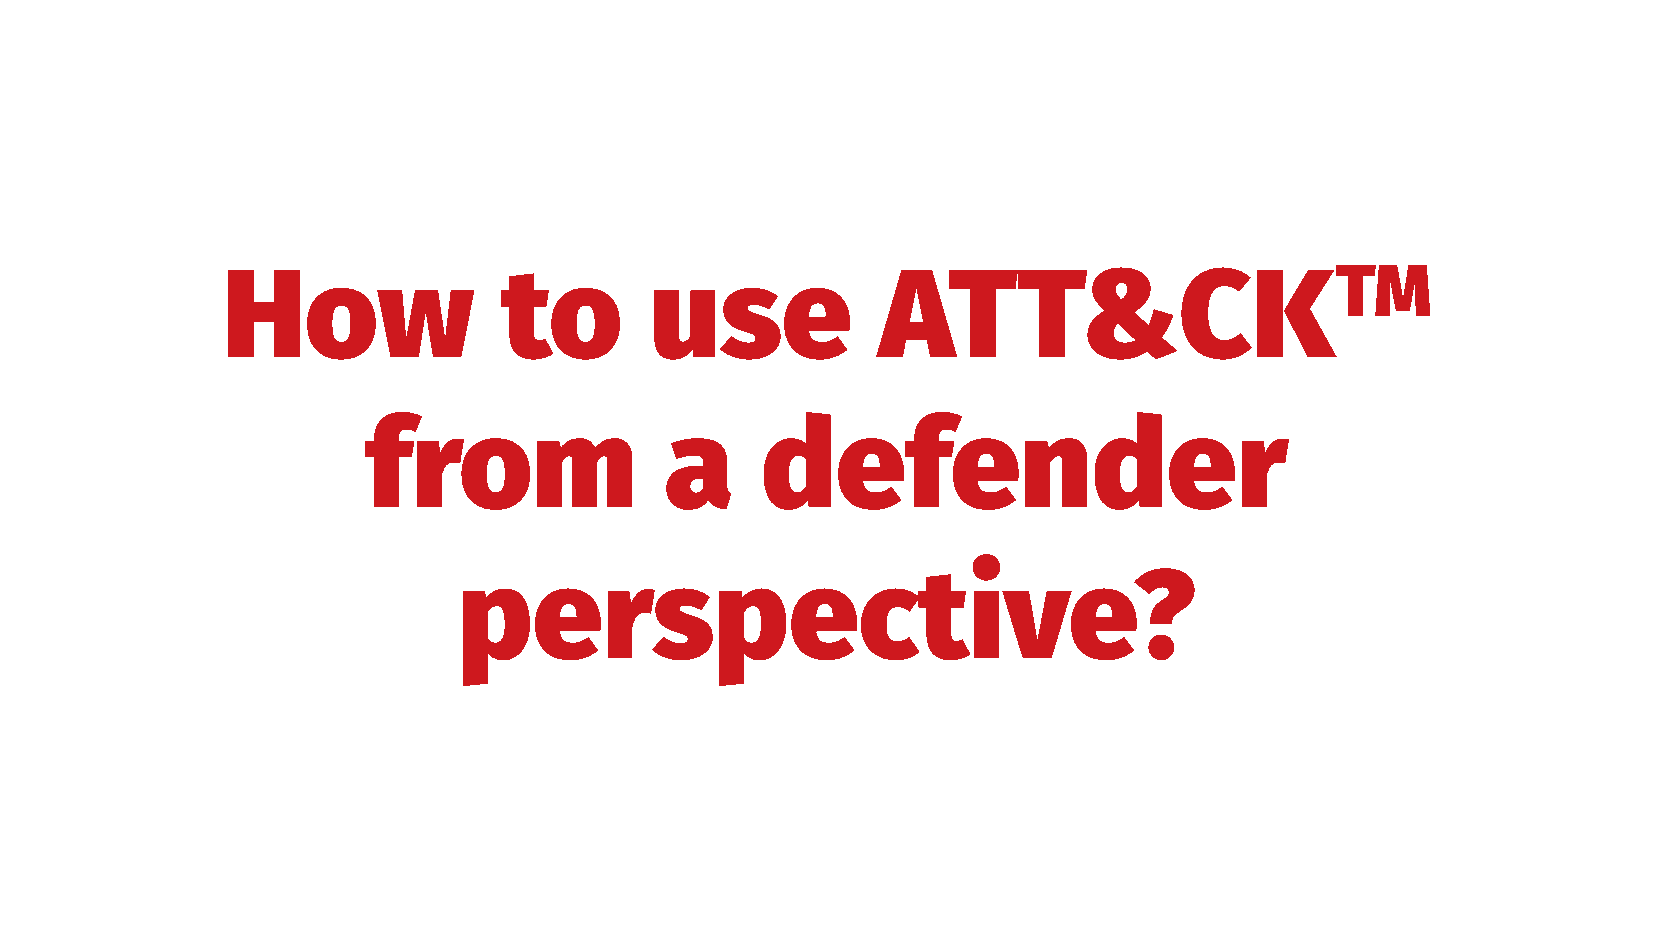
How               to        use            ATT&CKTM
 from                a     defender
 perspective?